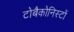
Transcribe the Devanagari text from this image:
टोबैकोनिस्टों